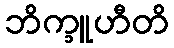
ဘိက္ခူဟီတိ